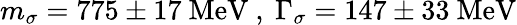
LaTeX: m_{\sigma}=775\pm 17\ \mathrm{MeV}\ ,\ \Gamma_{\sigma}=147\pm 33\ \mathrm{MeV}